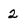
Character: 2